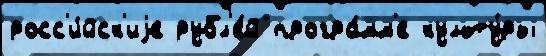
росс'и́йск'иjе рубл'е́й програ́мм'е культу́ры